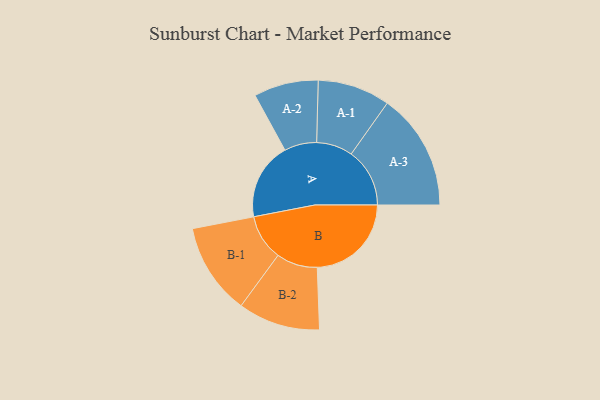
{"axis": {"x": "Segment", "y": "Value"}, "legend": ["", "A", "B"], "data": [{"x": "A", "y": 354, "type": ""}, {"x": "B", "y": 431, "type": ""}, {"x": "A-1", "y": 166, "type": "A"}, {"x": "A-2", "y": 148, "type": "A"}, {"x": "A-3", "y": 268, "type": "A"}, {"x": "B-1", "y": 210, "type": "B"}, {"x": "B-2", "y": 188, "type": "B"}]}